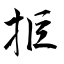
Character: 拒